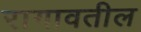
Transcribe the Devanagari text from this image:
रागावतील